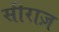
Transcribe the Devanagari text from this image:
सीराज़